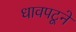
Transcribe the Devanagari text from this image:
धावपटूने